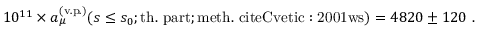
1 0 ^ { 1 1 } \times a _ { \mu } ^ { \mathrm { ( v . p . ) } } ( s \leq s _ { 0 } ; \mathrm { t h . \ p a r t } ; \mathrm { m e t h . \ c i t e { C v e t i c : 2 0 0 1 w s } } ) = 4 8 2 0 \pm 1 2 0 \ .